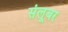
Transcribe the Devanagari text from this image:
संलूबर